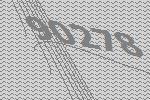
90278